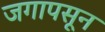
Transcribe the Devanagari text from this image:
जगापसून